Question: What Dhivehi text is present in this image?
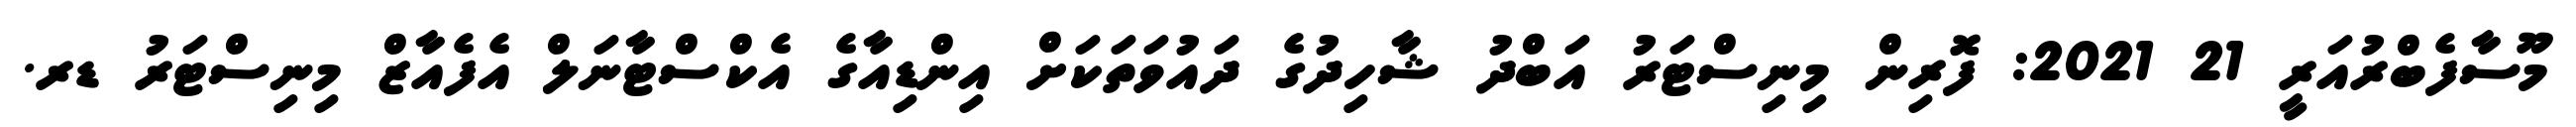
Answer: މޫސާފެބްރުއަރީ 21 2021: ފޮރިން މިނިސްޓަރު އަބްދު ޝާހިދުގެ ދައުވަތަކަށް އިންޑިއާގެ އެކްސްޓާނަލް އެފެއާޒް މިނިސްޓަރު ޑރ.